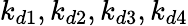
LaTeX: k_{d1},k_{d2},k_{d3},k_{d4}